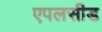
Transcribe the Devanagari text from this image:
एपलसीड